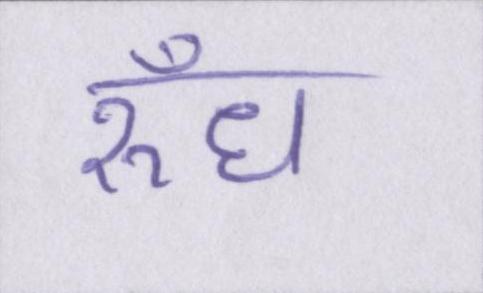
रुँध